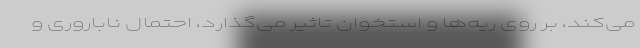
می‌کند، بر روی ریه‌ها و استخوان تاثیر می‌گذارد، احتمال ناباروری و